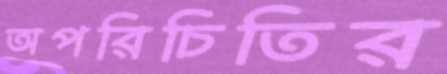
অপরিচিতির